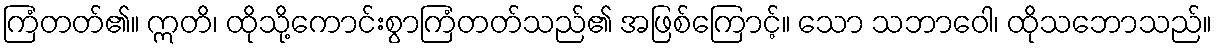
ကြံတတ်၏။ ဣတိ၊ ထိုသို့ကောင်းစွာကြံတတ်သည်၏ အဖြစ်ကြောင့်။ သော သဘာဝေါ၊ ထိုသဘောသည်။